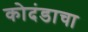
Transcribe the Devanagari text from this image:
कोदंडाचा